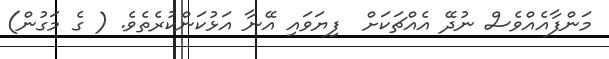
މަންފާއެއްވެސް ނުދޭ އެއްޗަކަށް  ފިޔަވައި އޭނާ އަޅުކަންކުރެތެވެ. ( ގެ މަގުން)